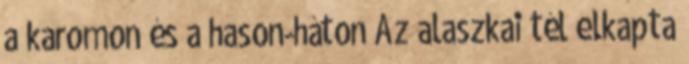
a karomon és a hason-háton Az alaszkai tél elkapta